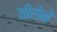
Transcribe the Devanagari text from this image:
जीरोने